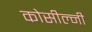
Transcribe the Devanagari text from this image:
कोसील्नी